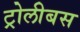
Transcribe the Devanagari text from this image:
ट्रोलीबस